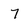
Character: 7